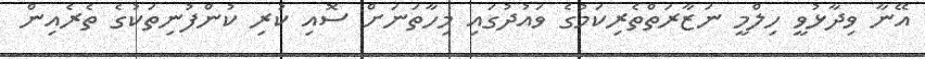
އޭނާ ވިދާޅުވީ ހިލްމީ ނަޒާރަތްތެރިކަމުގެ ވައުދުގައި މިހާތަނަށް ސޮއި ކުރި ކުންފުނިތަކުގެ ތެރެއިން